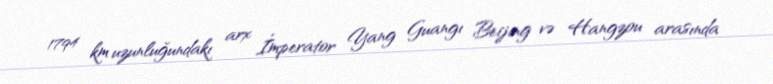
1794 km uzunluğundakı arx İmperator Yang Guangı Beijing və Hangzou arasında